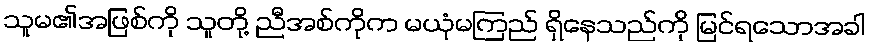
သူမ၏အဖြစ်ကို သူတို့ ညီအစ်ကိုက မယုံမကြည် ရှိနေသည်ကို မြင်ရသောအခါ